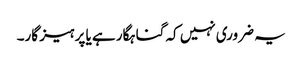
یہ ضروری نہیں کہ گناہگار ہے یا پرہیز گار۔